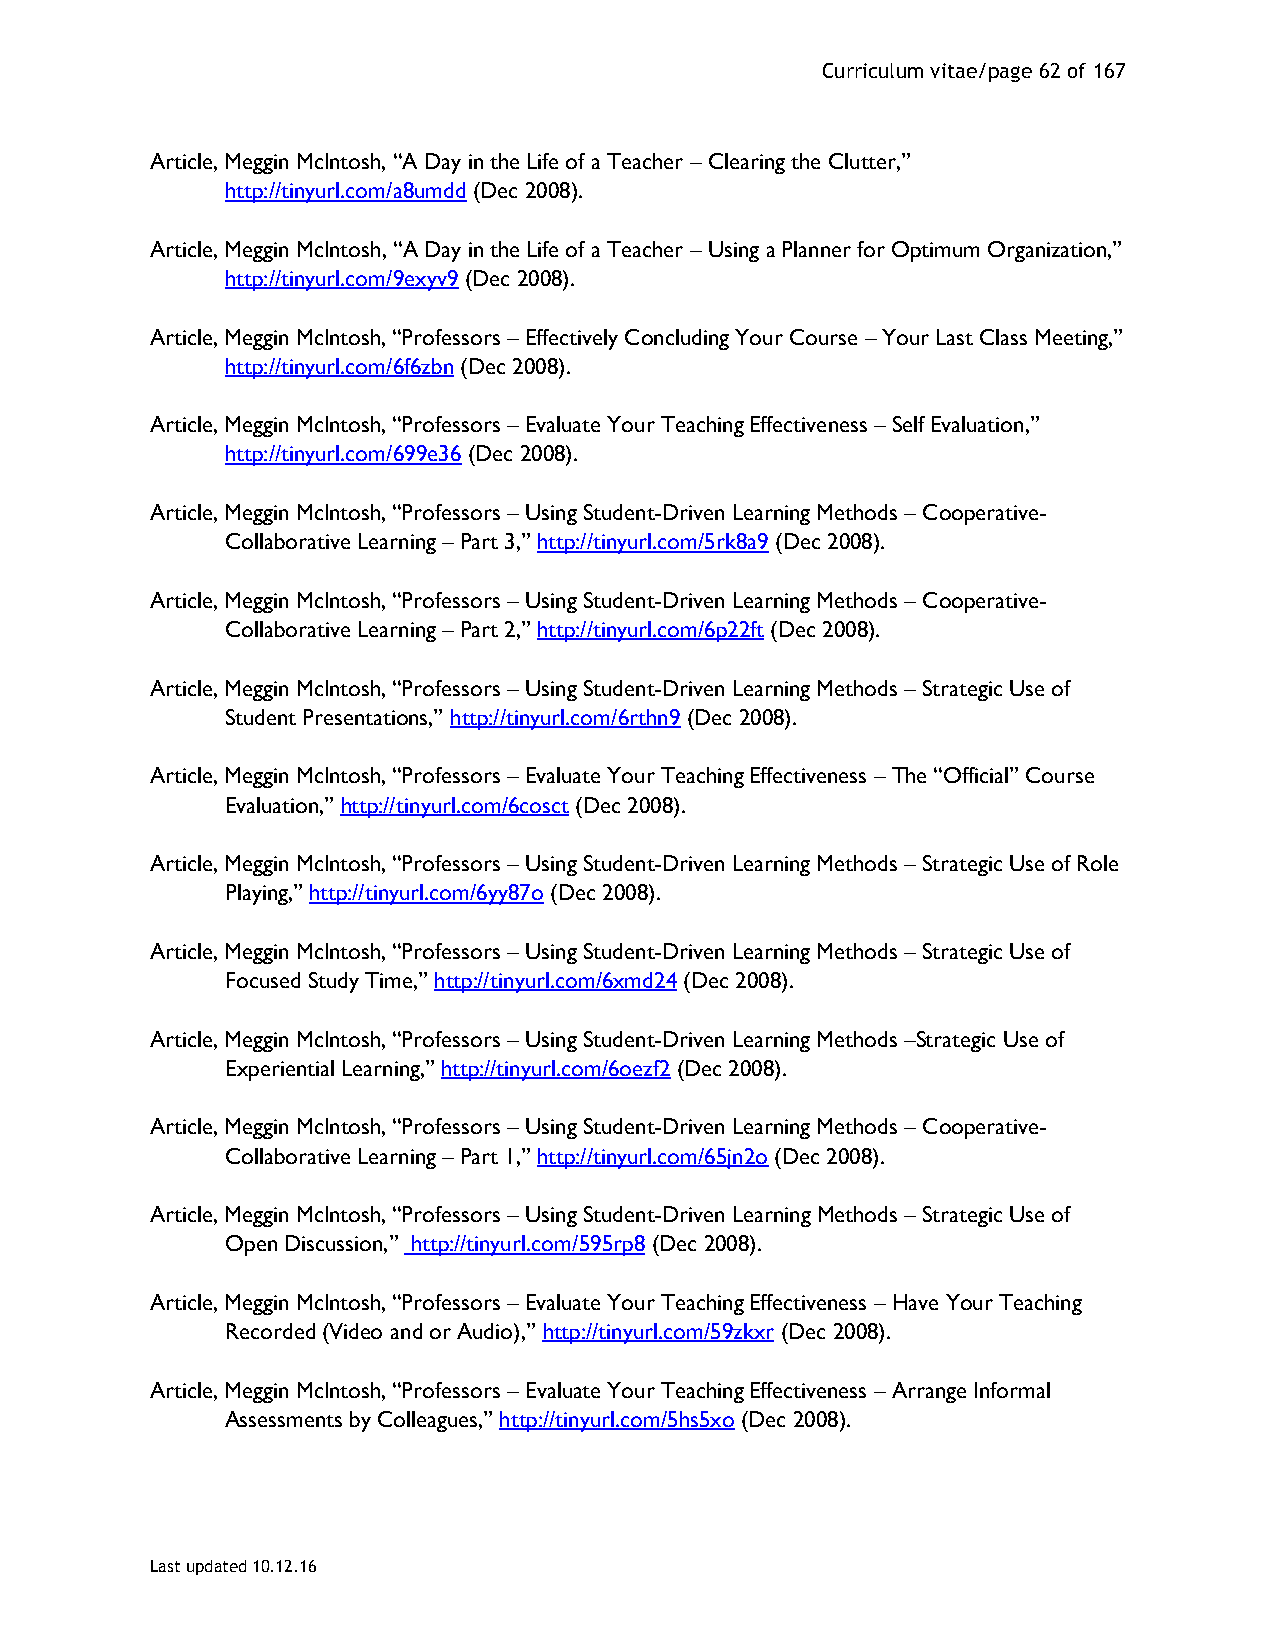
Curriculum vitae/page 62 of 167
 Article, Meggin McIntosh, “A Day in the Life of a Teacher – Clearing the Clutter,”
 http://tinyurl.com/a8umdd (Dec 2008).
 Article, Meggin McIntosh, “A Day in the Life of a Teacher – Using a Planner for Optimum Organization,”
 http://tinyurl.com/9exyv9 (Dec 2008).
 Article, Meggin McIntosh, “Professors – Effectively Concluding Your Course – Your Last Class Meeting,”
 http://tinyurl.com/6f6zbn (Dec 2008).
 Article, Meggin McIntosh, “Professors – Evaluate Your Teaching Effectiveness – Self Evaluation,”
 http://tinyurl.com/699e36 (Dec 2008).
 Article, Meggin McIntosh, “Professors – Using Student-Driven Learning Methods – Cooperative-
 Collaborative Learning – Part 3,” http://tinyurl.com/5rk8a9 (Dec 2008).
 Article, Meggin McIntosh, “Professors – Using Student-Driven Learning Methods – Cooperative-
 Collaborative Learning – Part 2,” http://tinyurl.com/6p22ft (Dec 2008).
 Article, Meggin McIntosh, “Professors – Using Student-Driven Learning Methods – Strategic Use of
 Student Presentations,” http://tinyurl.com/6rthn9 (Dec 2008).
 Article, Meggin McIntosh, “Professors – Evaluate Your Teaching Effectiveness – The “Official” Course
 Evaluation,” http://tinyurl.com/6cosct (Dec 2008).
 Article, Meggin McIntosh, “Professors – Using Student-Driven Learning Methods – Strategic Use of Role
 Playing,” http://tinyurl.com/6yy87o (Dec 2008).
 Article, Meggin McIntosh, “Professors – Using Student-Driven Learning Methods – Strategic Use of
 Focused Study Time,” http://tinyurl.com/6xmd24 (Dec 2008).
 Article, Meggin McIntosh, “Professors – Using Student-Driven Learning Methods –Strategic Use of
 Experiential Learning,” http://tinyurl.com/6oezf2 (Dec 2008).
 Article, Meggin McIntosh, “Professors – Using Student-Driven Learning Methods – Cooperative-
 Collaborative Learning – Part 1,” http://tinyurl.com/65jn2o (Dec 2008).
 Article, Meggin McIntosh, “Professors – Using Student-Driven Learning Methods – Strategic Use of
 Open Discussion,” http://tinyurl.com/595rp8 (Dec 2008).
 Article, Meggin McIntosh, “Professors – Evaluate Your Teaching Effectiveness – Have Your Teaching
 Recorded (Video and or Audio),” http://tinyurl.com/59zkxr (Dec 2008).
 Article, Meggin McIntosh, “Professors – Evaluate Your Teaching Effectiveness – Arrange Informal
 Assessments by Colleagues,” http://tinyurl.com/5hs5xo (Dec 2008).
 Last updated 10.12.16